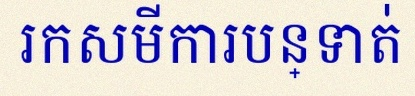
រកសមីការបន្ទាត់